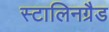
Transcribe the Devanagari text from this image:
स्टालिनग्रैड